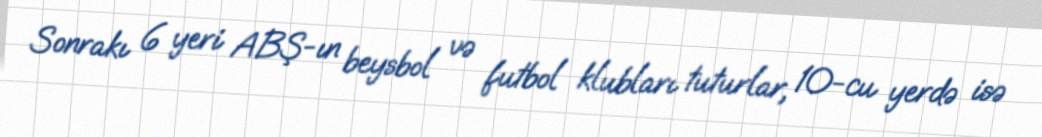
Sonrakı 6 yeri ABŞ-ın beysbol və futbol klubları tuturlar, 10-cu yerdə isə